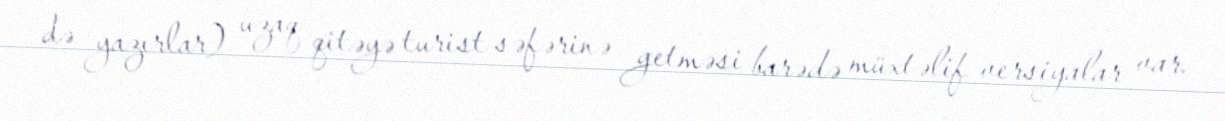
də yazırlar) uzaq qitəyə turist səfərinə getməsi barədə müxtəlif versiyalar var.